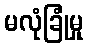
မလုံခြုံမှု